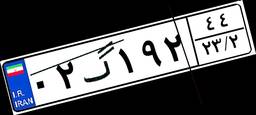
۰۲گ۱۹۲۴۴